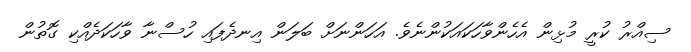
ސިއްރު ކުރީ މުޅިން އެހެންވާހަކައަކުންނެވެ. އަހަންނަށް ބަލަން އިނދެފައި ހުސްނާ ވާހަކަދެއްކި ގޮތުން